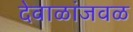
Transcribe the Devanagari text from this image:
देवाळांजवळ